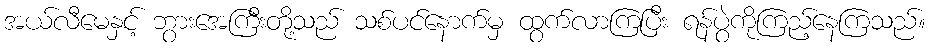
အယ်လီမေနှင့် ဘွားအေကြီးတို့သည် သစ်ပင်နောက်မှ ထွက်လာကြပြီး ရန်ပွဲကိုကြည့်နေကြသည်။